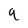
Character: q